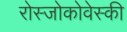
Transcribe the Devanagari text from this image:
रोस्‍जोकोवेस्‍की